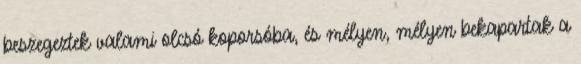
beszegeztek valami olcsó koporsóba, és mélyen, mélyen bekapartak a